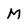
Character: M